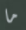
ما